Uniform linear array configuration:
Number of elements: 16
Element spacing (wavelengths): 0.25
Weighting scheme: binomial
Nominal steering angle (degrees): -45
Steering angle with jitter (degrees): -45.245
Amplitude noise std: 0.05
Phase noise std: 0.05

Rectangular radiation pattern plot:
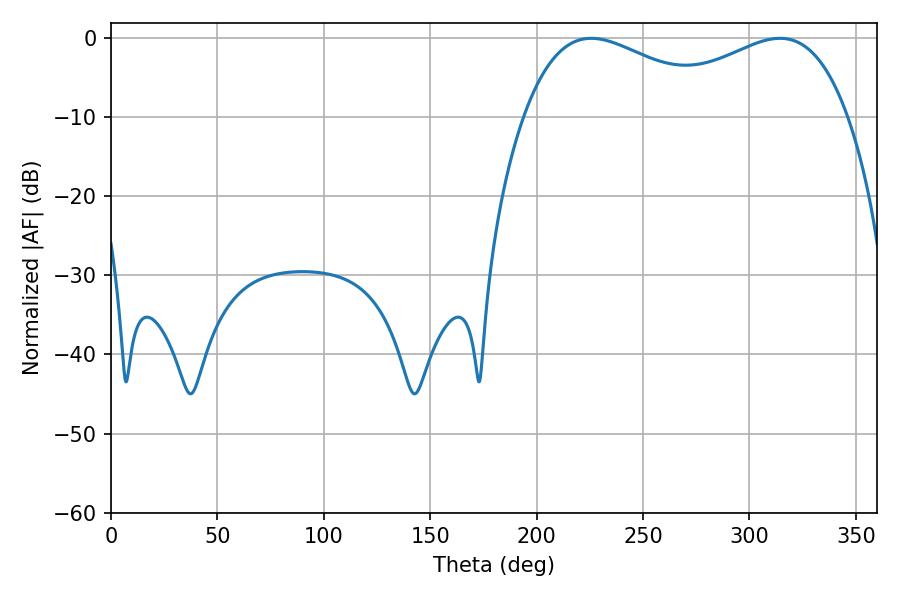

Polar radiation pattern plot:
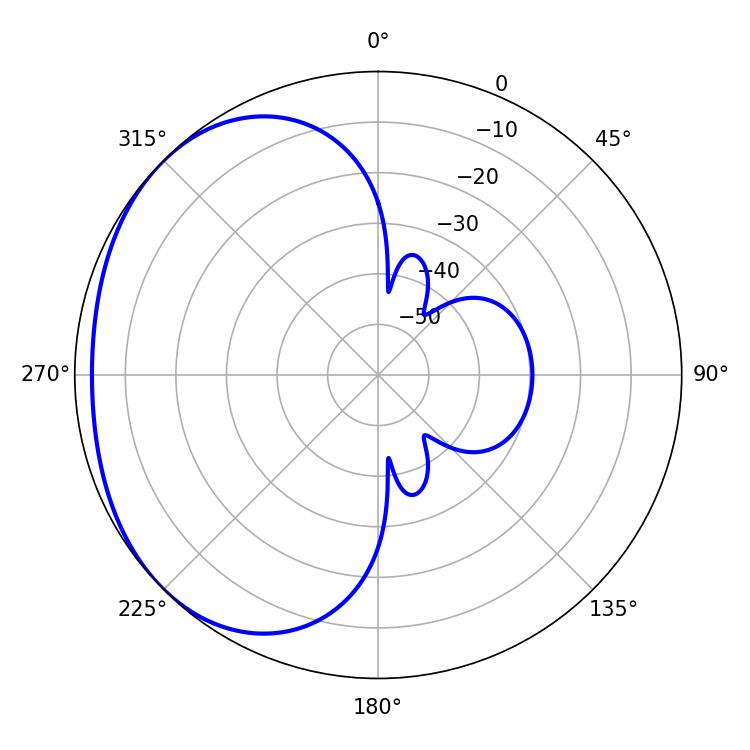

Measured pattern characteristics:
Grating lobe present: FALSE
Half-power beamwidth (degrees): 52.74
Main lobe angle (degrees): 225.72